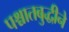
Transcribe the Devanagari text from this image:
पश्चातबुद्धीने